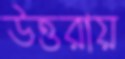
উত্তরায়